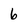
Character: 6